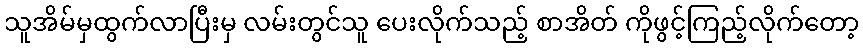
သူအိမ်မှထွက်လာပြီးမှ လမ်းတွင်သူ ပေးလိုက်သည့် စာအိတ် ကိုဖွင့်ကြည့်လိုက်တော့